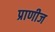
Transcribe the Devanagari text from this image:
प्राणीज